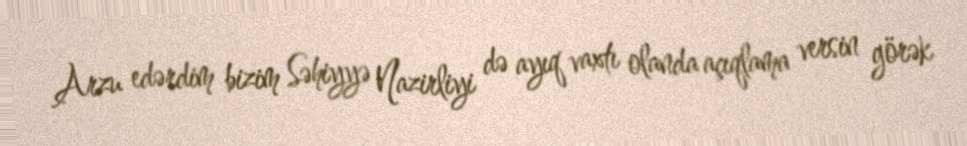
Arzu edərdim bizim Səhiyyə Nazirliyi də ayıq vaxtı olanda açıqlama versin görək